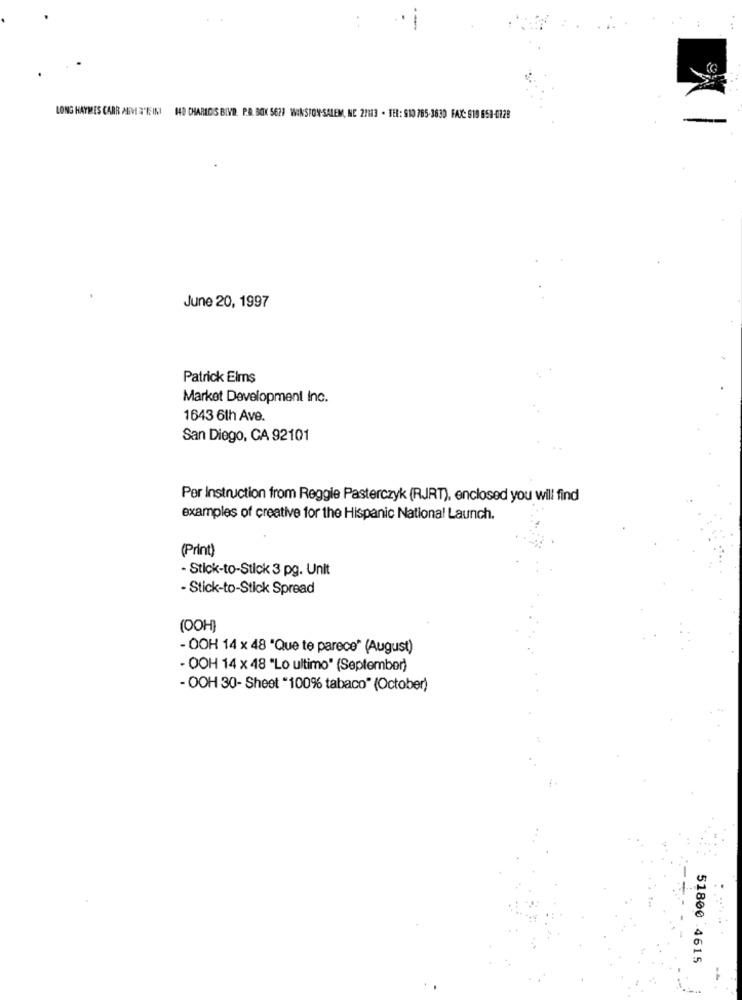
:
LONG HAYMES CARR AUM 3'RE INI 140 CHARIDIS BIVD. P.O. BOX 5629 WINSTON -SALEM, NC 21113 . TEL: 910 785-3630 FAX: 919 658-0828
June 20, 1997
Patrick Elms
Market Development Inc.
1643 6th Ave.
San Diego, CA 92101
Por Instruction from Reggie Pasterczyk (RJJRT), enclosed you will find
examples of creative for the Hispanic National Launch.
(Print)
- Stick-to-Stick 3 pg. Unit
- Stick-to-Stick Spread
(OOH)
- OOH 14 × 48 'Que te parece" (August)
- OOH 14 × 48 "Lo ultimo" (September)
- OOH 30- Sheet "100% tabaco" (October)
51800 4615